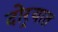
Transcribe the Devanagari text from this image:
दोर्‍यात